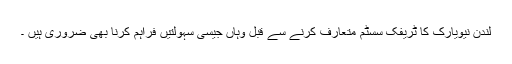
لندن نیویارک کا ٹریفک سسٹم متعارف کرنے سے قبل وہاں جیسی سہولتیں فراہم کرنا بھی ضروری ہیں ۔